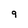
Character: 9